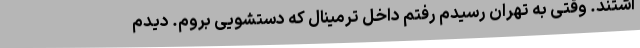
اشتند. وقتی به تهران رسیدم رفتم داخل ترمینال که دستشویی بروم. دیدم